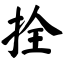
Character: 拴